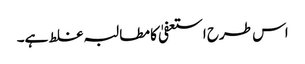
اس طرح استعفیٰ کا مطالبہ غلط ہے۔